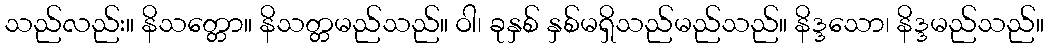
သည်လည်း။ နိသတ္တော။ နိသတ္တမည်သည်။ ဝါ၊ ခုနှစ် နှစ်မရှိသည်မည်သည်။ နိဒ္ဒသော၊ နိဒ္ဒမည်သည်။